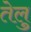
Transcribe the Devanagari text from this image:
तेलु